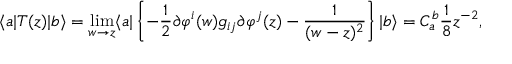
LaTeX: \langle a | T ( z ) | b \rangle = \operatorname * { l i m } _ { w \rightarrow z } \langle a | \left\{ - { \frac { 1 } { 2 } } \partial \varphi ^ { i } ( w ) g _ { i j } \partial \varphi ^ { j } ( z ) - { \frac { 1 } { ( w - z ) ^ { 2 } } } \right\} | b \rangle = C _ { a } ^ { b } { \frac { 1 } { 8 } } z ^ { - 2 } ,